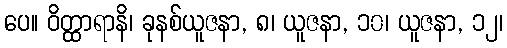
ပေ။ ဝိတ္ထာရာနိ၊ ခုနစ်ယူဇနာ, ၈၊ ယူဇနာ, ၁၀၊ ယူဇနာ, ၁၂၊